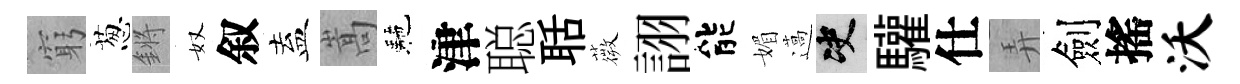
窮葱鏘奴叙盍嵩駰津聪聒薇詡能媚薖决驩仕弄劍搖沃